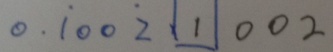
0 . \dot { 1 } 0 0 \dot { 2 } \boxed { 1 } 0 0 2